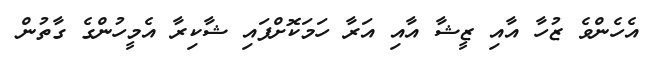
އެހެންވެ ޒުހާ އާއި ޒީޝާ އާއި އަރާ ހަމަކޮށްފައި ޝާކިރާ އެމީހުންގެ ގާތުން